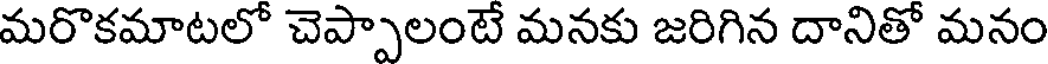
మరొకమాటలో చెప్పాలంటే మనకు జరిగిన దానితో మనం